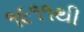
૧૯૧૧થી